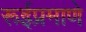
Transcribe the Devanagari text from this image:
रूईप्रमाणे